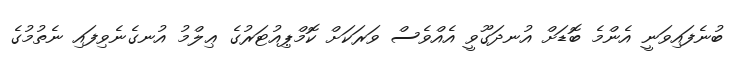
ބުނެފައިވަނީ އެންމެ ބޮޑަށް އުނދަގޫވީ އެއްވެސް ވަރަކަށް ކޮމްޕިއުޓަރުގެ ޢިލްމު އުނގެނެވިފައި ނެތުމުގެ